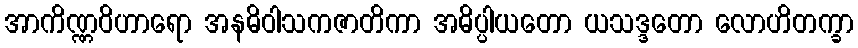
အာကိဏ္ဏဝိဟာရော အနဓိဝါသကဇာတိကာ အဓိပ္ပါယတော ယသဒ္ဒတော လောဟိတက္ခာ